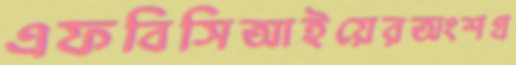
এফবিসিআইয়েরঅংশগ্র